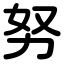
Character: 努